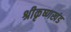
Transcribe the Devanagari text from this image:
श्रीकृष्णखंड